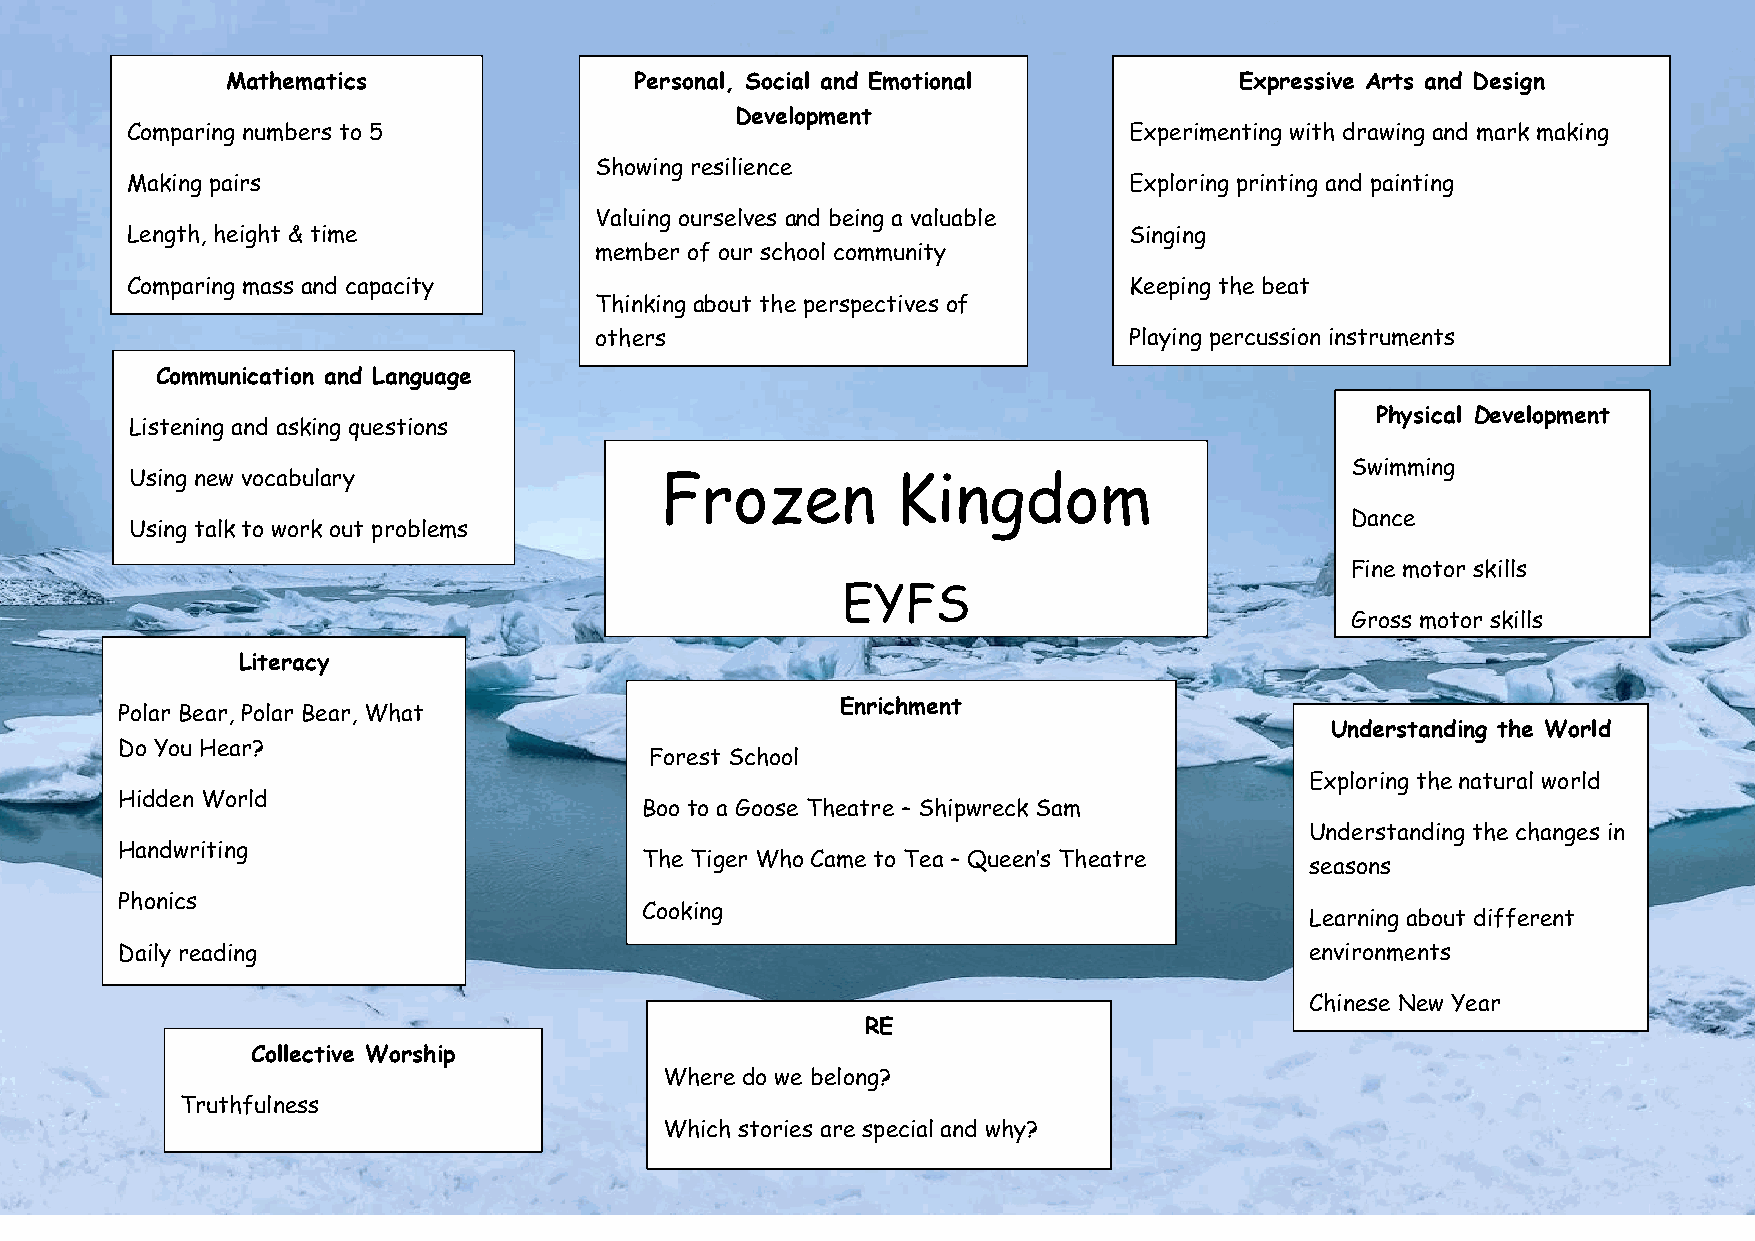
Mathematics                Personal, Social and Emotional          Expressive Arts and Design
 Development
 Comparing numbers to 5                                             Experimenting with drawing and mark making
 Showing resilience
 Making pairs                                                       Exploring printing and painting
 Valuing ourselves and being a valuable
 Length, height & time                                              Singing
 member of our school community
 Comparing mass and capacity                                        Keeping the beat
 Thinking about the perspectives of
 others                              Playing percussion instruments
 Communication and Language
 Physical Development
 Listening and asking questions
 Swimming
 Using new vocabulary               Frozen         Kingdom
 Dance
 Using talk to work out problems
 Fine motor skills
 EYFS
 Gross motor skills
 Literacy
 Enrichment
 Polar Bear, Polar Bear, What
 Understanding the World
 Do You Hear?
 Forest School
 Exploring the natural world
 Hidden World
 Boo to a Goose Theatre – Shipwreck Sam
 Understanding the changes in
 Handwriting
 The Tiger Who Came to Tea – Queen’s Theatre
 seasons
 Phonics
 Cooking
 Learning about different
 Daily reading                                                                  environments
 Chinese New Year
 RE
 Collective Worship
 Where do we belong?
 Truthfulness
 Which stories are special and why?